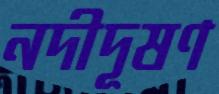
নদীদূষণ